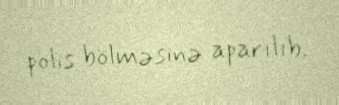
polis bölməsinə aparılıb.